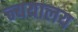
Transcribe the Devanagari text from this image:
न्ययालय